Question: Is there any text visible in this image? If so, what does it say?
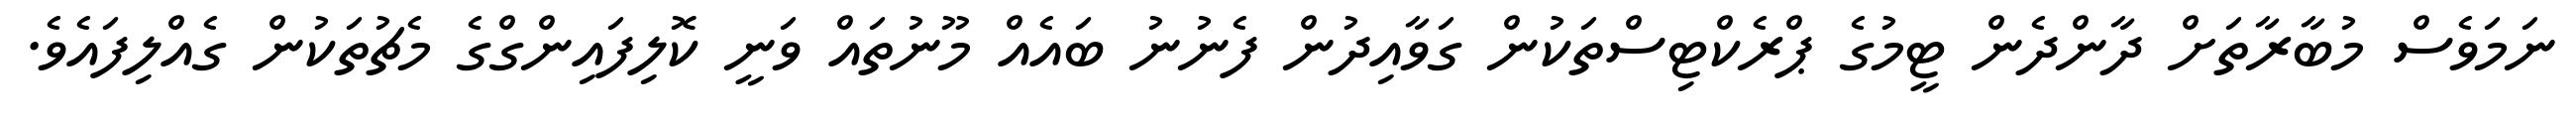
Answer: ނަމަވެސް މުބާރާތަށް ދާންދެން ޓީމުގެ ޕްރެކްޓިސްތަކުން ގަވާއިދުން ފެނުނު ބައެއް މޫނުތައް ވަނީ ކޮލިފައިންގްގެ މެޗުތަކުން ގެއްލިފައެވެ.